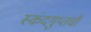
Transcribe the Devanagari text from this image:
स्कंदगुप्तची